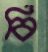
বি